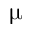
\upmu